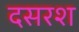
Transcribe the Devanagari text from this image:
दसरश